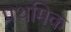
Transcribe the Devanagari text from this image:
पथमिक